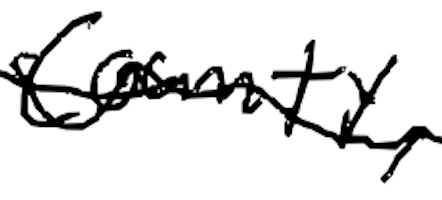
Text: County,
Cross-out: wave
Writing tool: digital_black